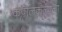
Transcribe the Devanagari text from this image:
कपोलकल्पना